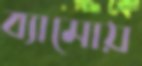
ব্যামোয়